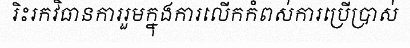
រិះរកវិធានការរួមក្នុងការលើកកំពស់ការប្រើប្រាស់